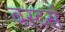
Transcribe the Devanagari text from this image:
बस्टर्स